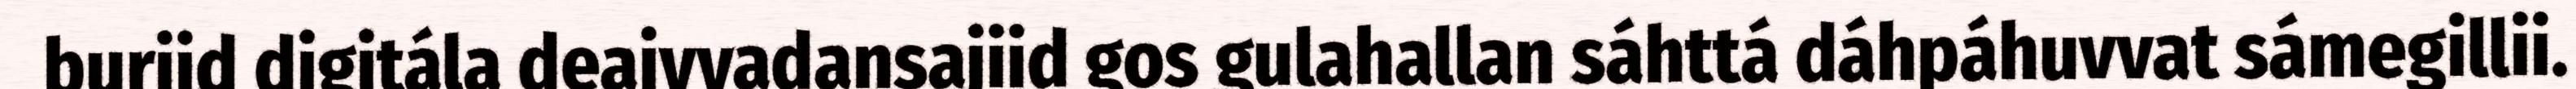
buriid digitála deaivvadansajiid gos gulahallan sáhttá dáhpáhuvvat sámegillii.